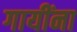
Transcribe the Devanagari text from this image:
गायींना